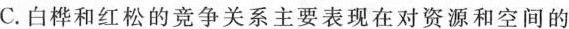
C.白桦和红松的竞争关系主要表现在对资源和空间的